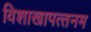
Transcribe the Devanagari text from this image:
विशाखापत्‍तनम